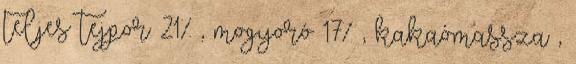
teljes tejpor 21% , mogyoró 17% , kakaómassza ,